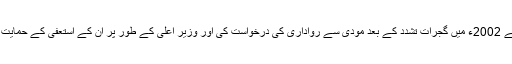
وزیر اعظم اٹل بہاری واجپائی (جنہوں نے 2002ء میں گجرات تشدد کے بعد مودی سے رواداری کی درخواست کی اور وزیر اعلی کے طور پر ان کے استعفی کے حمایت کی) نے خود کو مودی سے دور کر دیا۔